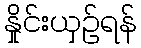
နှိုင်းယှဉ်ရန်